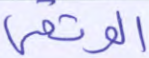
الوثقى